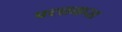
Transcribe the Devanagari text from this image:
फ्लाकस